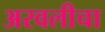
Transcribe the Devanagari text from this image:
अरवलीचा